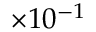
\times 1 0 ^ { - 1 }